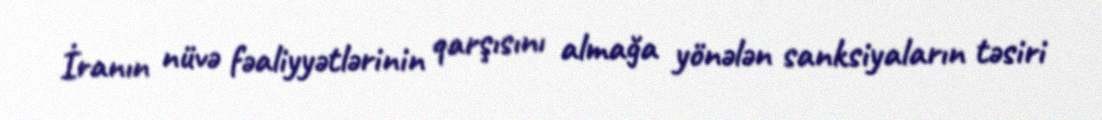
İranın nüvə fəaliyyətlərinin qarşısını almağa yönələn sanksiyaların təsiri